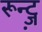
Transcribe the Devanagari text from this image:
रून्ट्ज़